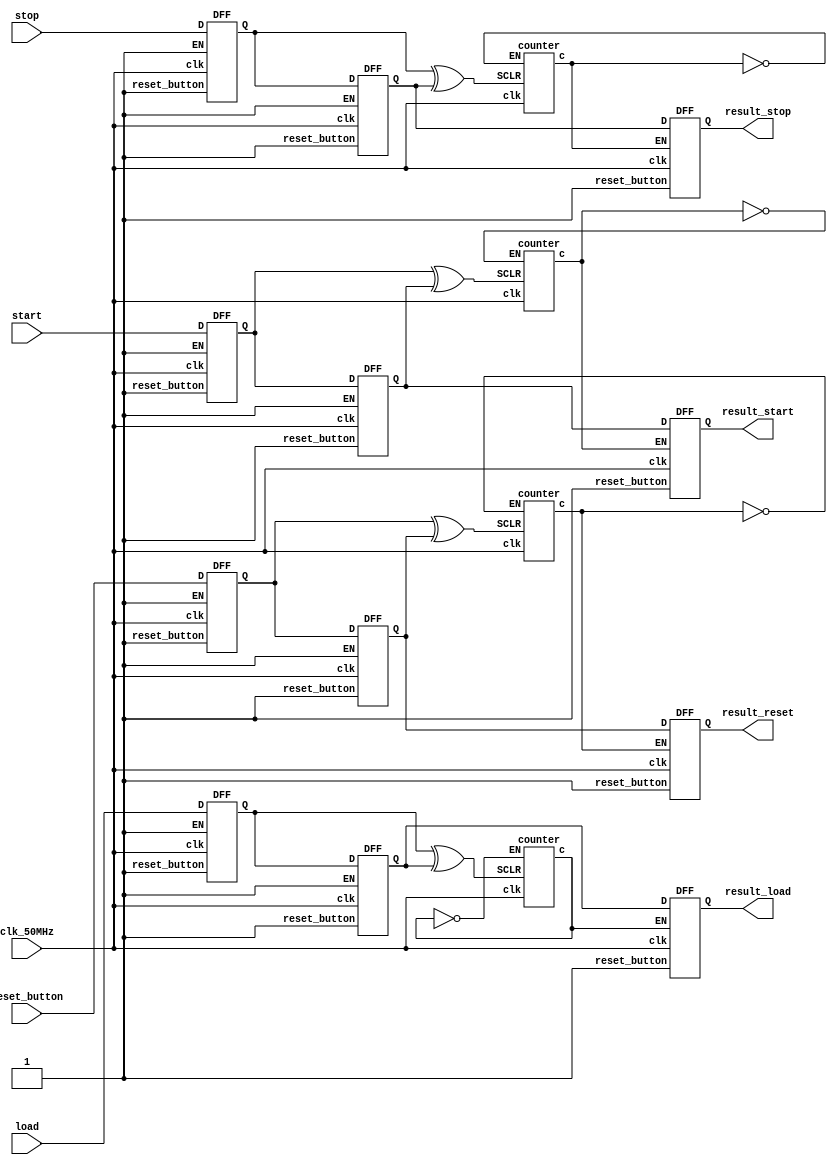
module debouncer(
	input start,
	input stop,
	input load,
	input reset_button,
	input clk_50MHz,
	//input reset,
	output result_start,
	output result_stop,
	output result_load,
	output result_reset
	    );
	
	/************************************* Internal Variables **********************************/    
	//wire result;
	wire Q1_1;
	wire Q2_1;
	wire EN1;
	wire EN2;
	wire xor_out_1;
	/************/
	wire Q1_2;
	wire Q2_2;
	wire xor_out_2;
	
	/************/
	wire Q1_3;
	wire Q2_3;
	wire xor_out_3;
	
	/************/
	wire Q1_4;
	wire Q2_4;
	wire xor_out_4;
	
	
	
	/****************************** Debounce ckt Implementation code ****************************************/
	
	DFF FF1_1 (start,clk_50MHz,reset,1'b1,Q1_1);
	DFF FF2_1 (Q1_1,clk_50MHz,reset, 1'b1,Q2_1);
	     
	xor g1_1 (xor_out_1,Q1_1,Q2_1);
	
	counter C1_1 (clk_50MHz,xor_out_1,~c_1,c_1);     
	DFF FF3_1 (Q2_1,clk_50MHz,reset, c_1,result_start);
	
	/*************************************************/	
	DFF FF1_2 (stop,clk_50MHz,reset,1'b1,Q1_2);
	DFF FF2_2 (Q1_2,clk_50MHz,reset, 1'b1,Q2_2);
	     
	xor g1_2 (xor_out_2,Q1_2,Q2_2);
	
	counter C1_2 (clk_50MHz,xor_out_2,~c_2,c_2);     
	DFF FF3_2 (Q2_2,clk_50MHz,reset, c_2,result_stop);
	
	/************************************************/		
	DFF FF1_3 (load,clk_50MHz,reset,1'b1,Q1_3);
	DFF FF2_3 (Q1_3,clk_50MHz,reset, 1'b1,Q2_3);
	     
	xor g1_3 (xor_out_3,Q1_3,Q2_3);
	
	counter C1_3 (clk_50MHz,xor_out_3,~c_3,c_3);     
	DFF FF3_3 (Q2_3,clk_50MHz,reset, c_3,result_load);
	
	/************************************************/		
	DFF FF1_4 (reset_button,clk_50MHz,reset,1'b1,Q1_4);
	DFF FF2_4 (Q1_4,clk_50MHz,reset, 1'b1,Q2_4);
	     
	xor g1_4 (xor_out_4,Q1_4,Q2_4);
	
	counter C1_4 (clk_50MHz,xor_out_4,~c_4,c_4);     
	DFF FF3_4 (Q2_4,clk_50MHz,reset, c_4,result_reset);
	
	endmodule
	
	
	/***************************************** N-bit counter *************************************/
	 module counter (clk, SCLR,EN,c);
	     input clk;
	     input SCLR;   // Clear of counter //
	     input EN ; // Active 'HIGH' Enable //
	     reg [5:0] Cout; // Counter Output //
	     output reg c; 
	         
	
	parameter N = 5;
	
	            always@(posedge clk)
	                    if(SCLR) 
	                        begin
							  Cout <= 5'd0;
							  c<=1'd0;
							  end
	                        else if (EN)    
	                            begin
	                                    if (Cout == 5) 
	                                    begin
	                                            c<=1'd1;
	                                            Cout <= 5'd0;
	                                    end 
	                                    else
	                                    begin
	                                            Cout <= Cout + 1'd1;
	                                            c<=1'd0;
	                                    end
	                            end
	                    
	endmodule     
	 
	// D Flip Flop Module (with Enable)
	
	module DFF(input D,input clk, input reset_button, input EN ,output Q);
	reg temp;
	            always @(posedge clk) 
	                    begin
	                      if(reset_button) begin
	                        temp <=0;
	                      end
	                      else begin
	                        if(EN)
	                                begin
	                                   temp <= D; 
	                                end 
											  else
											  temp<=temp;
	                    end  
	                  end
	assign 	Q=temp;					  
	endmodule